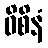
ဝိစိနံ